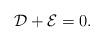
LaTeX: \begin{align*}\mathcal{D}+\mathcal{E}=0.\end{align*}